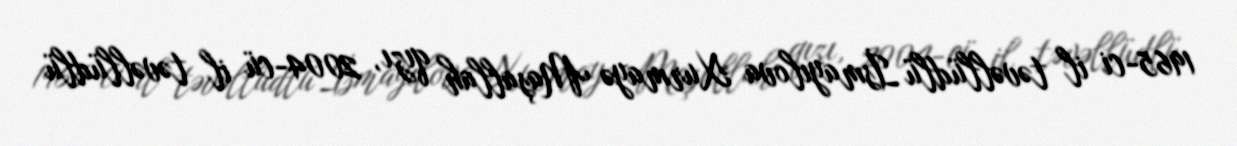
1965-ci il təvəllüdlü İsmayılova Xurmayə Maşallah qızı, 2004-cü il təvəllüdlü